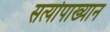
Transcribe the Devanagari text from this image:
सत्योपाख्यान